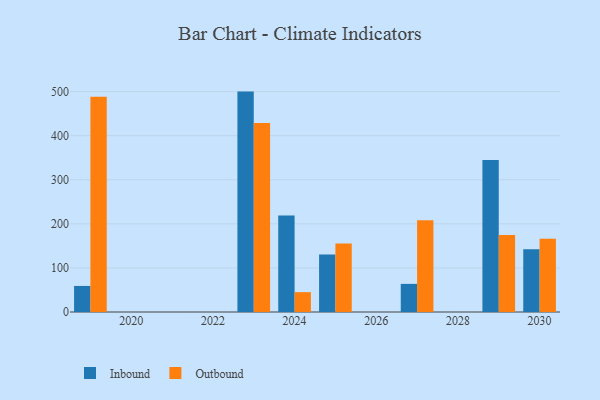
{"axis": {"x": "Year", "y": "Inventory Turnover"}, "legend": ["Inbound", "Outbound"], "data": [{"x": "2027", "y": 63.8, "type": "Inbound"}, {"x": "2027", "y": 208.1, "type": "Outbound"}, {"x": "2019", "y": 59.1, "type": "Inbound"}, {"x": "2019", "y": 488.1, "type": "Outbound"}, {"x": "2029", "y": 345.0, "type": "Inbound"}, {"x": "2029", "y": 174.5, "type": "Outbound"}, {"x": "2030", "y": 142.6, "type": "Inbound"}, {"x": "2030", "y": 166.3, "type": "Outbound"}, {"x": "2025", "y": 130.3, "type": "Inbound"}, {"x": "2025", "y": 155.3, "type": "Outbound"}, {"x": "2023", "y": 500.0, "type": "Inbound"}, {"x": "2023", "y": 428.8, "type": "Outbound"}, {"x": "2024", "y": 219.1, "type": "Inbound"}, {"x": "2024", "y": 45.0, "type": "Outbound"}]}